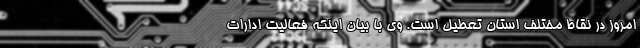
امروز در نقاط مختلف استان تعطیل است. وی با بیان اینکه فعالیت ادارات